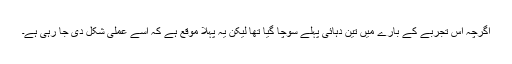
اگرچہ اس تجربے کے بارے میں تین دہائی پہلے سوچا گیا تھا لیکن یہ پہلا موقع ہے کہ اسے عملی شکل دی جا رہی ہے۔